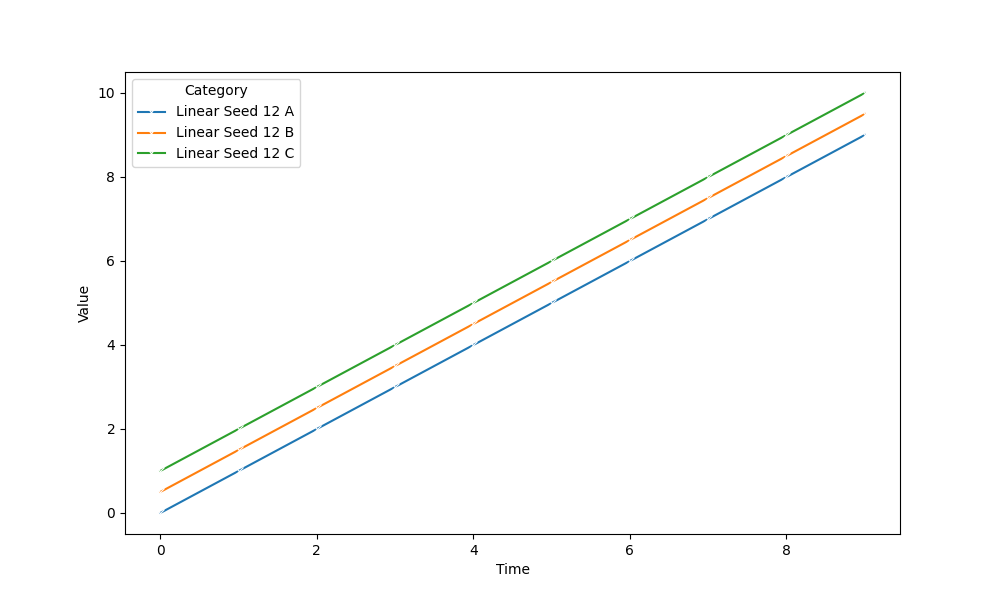
python, seaborn, lineplot, style='solid', marker='x'